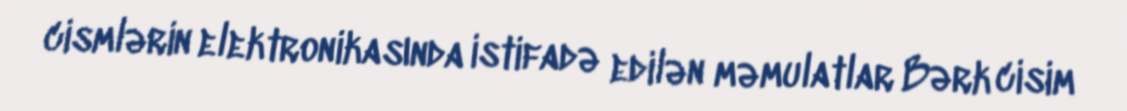
cismlərin elektronikasında istifadə edilən məmulatlar Bərk cisim